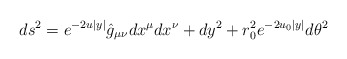
\begin{align*}ds^2= e^{-2u|y|}\hat{g}_{\mu\nu}dx^\mu dx^\nu + dy^2 + r_0^2 e^{-2u_0|y|} d\theta^2\end{align*}